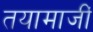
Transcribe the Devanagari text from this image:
तयामाजीं